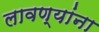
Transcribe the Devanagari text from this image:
लावण्यांना